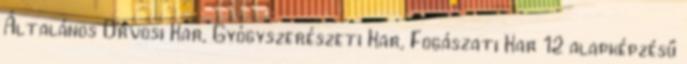
Általános Orvosi Kar, Gyógyszerészeti Kar, Fogászati Kar 12 alapképzésű